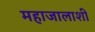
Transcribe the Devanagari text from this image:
महाजालाशी